Annual report of the Civil Veterinary Department, Bengal, for the year 1897-98 - 1897-1898
Year: 1897
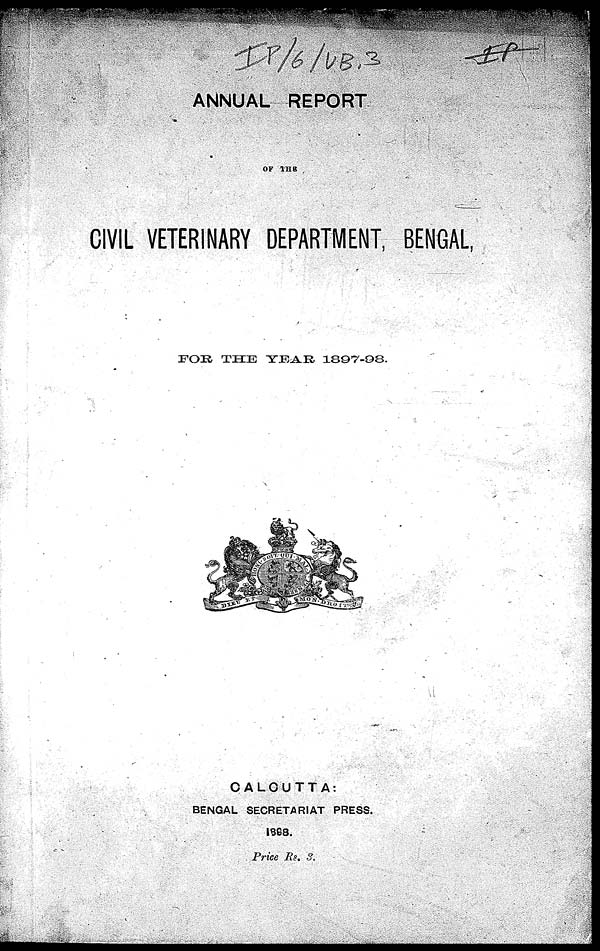
ANNUAL REPORT
OF THE
CIVIL VETERINARY DEPARTMENT, BENGAL,
FOR THE YEAR 1897-98.
CALCUTTA:
BENGAL SECRETARIAT PRESS.
ISG8.
Price Rs. 3.